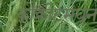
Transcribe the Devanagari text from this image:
काँक्रीटमधून